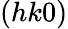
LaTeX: (hk0)